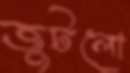
জুটলো